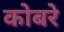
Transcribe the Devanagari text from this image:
कोबरे